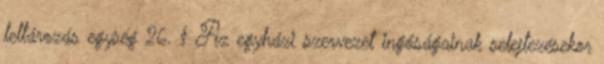
leltározás egység 26. § Az egyházi szervezet ingóságainak selejtezésekor